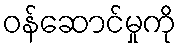
ဝန်ဆောင်မှုကို